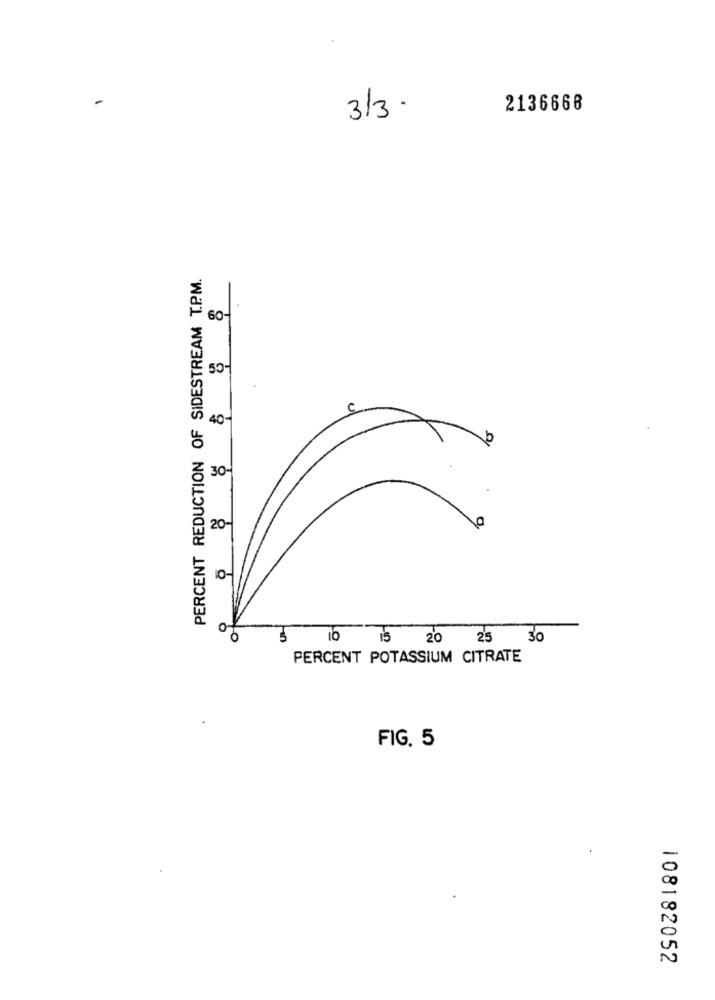
3/3.
2136668
PERCENT REDUCTION OF SIDESTREAM T.P.M.
60-
: 50-
40-
30-
20-
10-
10 15 20 25 30
PERCENT POTASSIUM CITRATE
FIG. 5
108182052